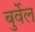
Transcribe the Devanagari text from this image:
बुर्वेल